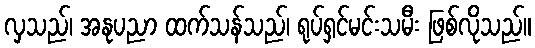
လှသည်၊ အနုပညာ ထက်သန်သည်၊ ရုပ်ရှင်မင်းသမီး ဖြစ်လိုသည်။